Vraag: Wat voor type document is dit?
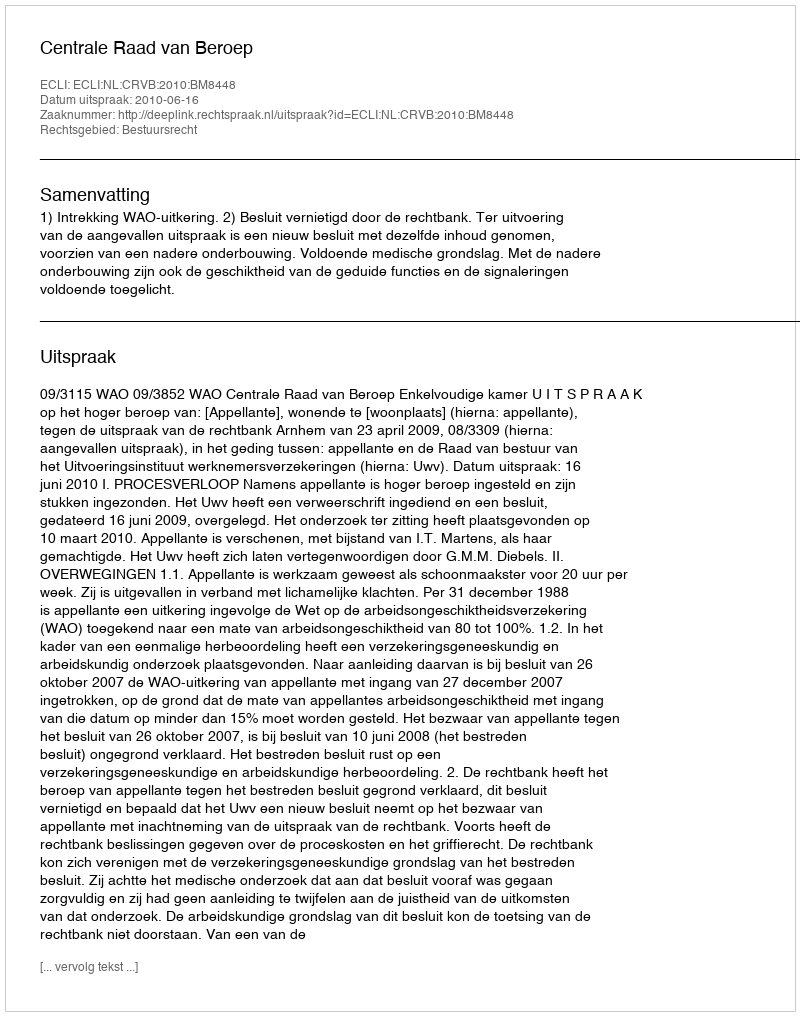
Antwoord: Uitspraak